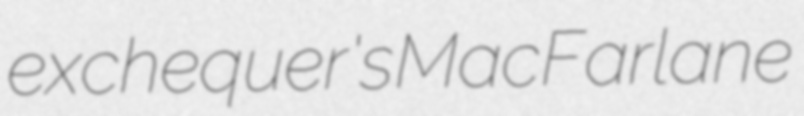
exchequer's MacFarlane